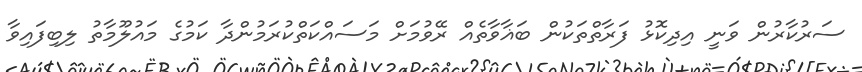
ސަރުކާރުން ވަނީ އިދިކޮޅު ފަރާތްތަކުން ބަޣާވާތެއް ރޭވުމަށް މަސައްކަތްކުރަމުންދާ ކަމުގެ މައުލޫމާތު ލިބިފައިވާ